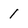
Character: 1